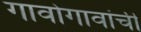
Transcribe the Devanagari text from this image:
गावोगावांची